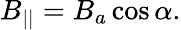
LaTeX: B_{||}=B_{a}\cos\alpha.